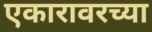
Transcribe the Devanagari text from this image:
एकारावरच्या